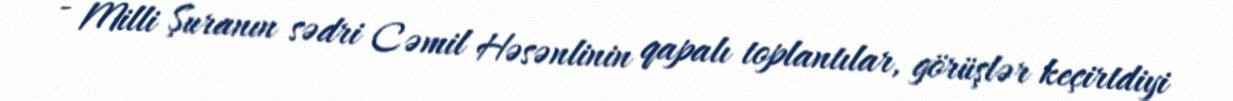
- Milli Şuranın sədri Cəmil Həsənlinin qapalı toplantılar, görüşlər keçirtdiyi